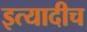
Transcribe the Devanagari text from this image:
इत्यादीच